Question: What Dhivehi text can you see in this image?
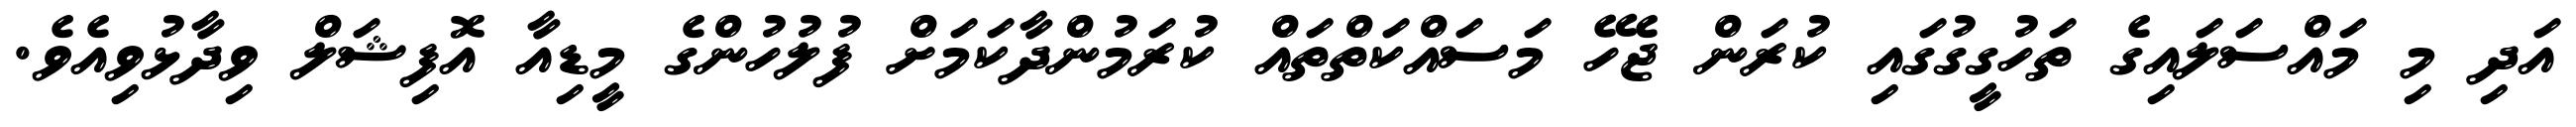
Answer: އަދި މި މައްސަލައިގެ ތަހުގީގުގައި ކުރަން ޖެހޭ މަސައްކަތްތައް ކުރަމުންދާކަމަށް ފުލުހުންގެ މީޑިއާ އޮފިޝަލް ވިދާޅުވިއެވެ.